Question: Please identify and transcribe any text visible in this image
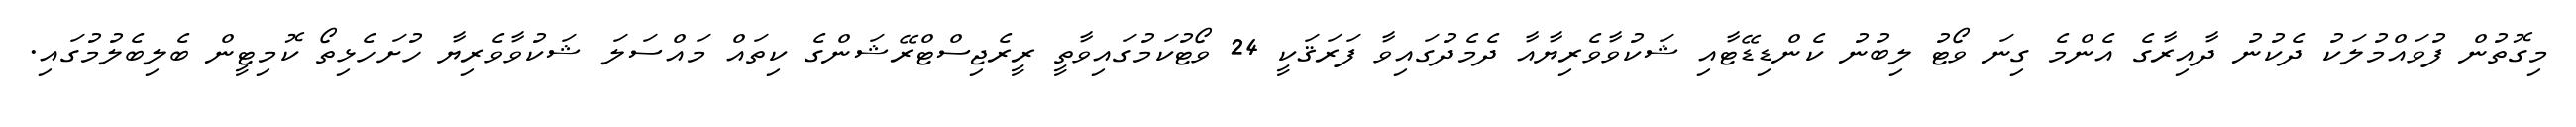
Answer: މިގޮތުން ފުވައްމުލަކު ދެކުނު ދާއިރާގެ އެންމެ ގިނަ ވޯޓު ލިބުނު ކެންޑިޑޭޓާއި ޝަކުވާވެރިޔާއާ ދެމެދުގައިވާ ފަރަޤަކީ 24 ވޯޓުކަމުގައިވާތީ ރީރެޖިސްޓްރޭޝަންގެ ކިތައް މައްސަލަ ޝަކުވާވެރިޔާ ހުށަހެޅިތޯ ކޮމިޓީން ބެލިބެލުމުގައި.